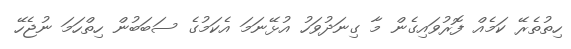
ހިތުތެރޭ ކަމެއް ފޮރުވައިގެން މާ ގިނަދުވަހު އުޅޭނަމަ އެކަމުގެ ސަބަބުން ހިތްހަމަ ނުޖެހޭ